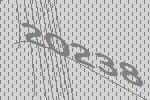
20238